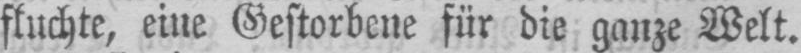
fluchte, eine Gestorbene für die ganze Welt.